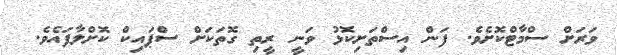
ވަރަށް ސްމާޓްކޮށެވެ. ފަން އިސްތަށިކޮޅު ވަނީ ރީތި ގޮތަކަށް ސްޕައިކް ކޮށްލާފައެވެ.